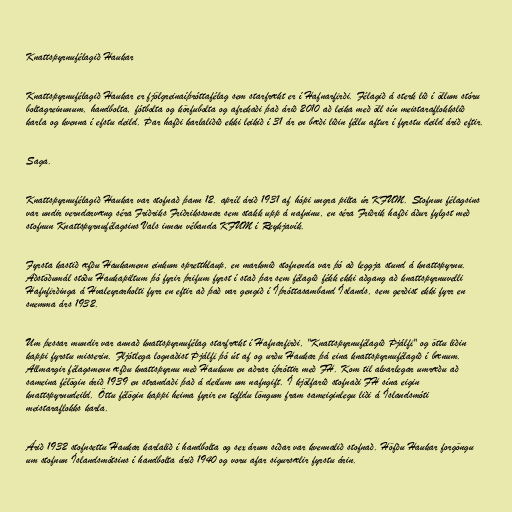
Knattspyrnufélagið Haukar

Knattspyrnufélagið Haukar er fjölgreinaíþróttafélag sem starfrækt er í Hafnarfirði. Félagið á sterk lið í öllum stóru
boltagreinunum, handbolta, fótbolta og körfubolta og afrekaði það árið 2010 að leika með öll sín meistaraflokkslið
karla og kvenna í efstu deild. Þar hafði karlaliðið ekki leikið í 31 ár en bæði liðin féllu aftur í fyrstu deild árið eftir.

Saga.

Knattspyrnufélagið Haukar var stofnað þann 12. apríl árið 1931 af hópi ungra pilta úr KFUM. Stofnun félagsins
var undir verndarvæng séra Friðriks Friðrikssonar sem stakk upp á nafninu, en séra Friðrik hafði áður fylgst með
stofnun Knattspyrnufélagsins Vals innan vébanda KFUM í Reykjavík.

Fyrsta kastið æfðu Haukamenn einkum spretthlaup, en markmið stofnenda var þó að leggja stund á knattspyrnu.
Aðstöðumál stóðu Haukapiltum þó fyrir þrifum fyrst í stað þar sem félagið fékk ekki aðgang að knattspyrnuvelli
Hafnfirðinga á Hvaleyrarholti fyrr en eftir að það var gengið í Íþróttasamband Íslands, sem gerðist ekki fyrr en
snemma árs 1932.

Um þessar mundir var annað knattspyrnufélag starfrækt í Hafnarfirði, "Knattspyrnufélagið Þjálfi" og öttu liðin
kappi fyrstu misserin. Fljótlega lognaðist Þjálfi þó út af og urðu Haukar þá eina knattspyrnufélagið í bænum.
Allmargir félagsmenn æfðu knattspyrnu með Haukum en aðrar íþróttir með FH. Kom til alvarlegar umræðu að
sameina félögin árið 1939 en strandaði það á deilum um nafngift. Í kjölfarið stofnaði FH sína eigin
knattspyrnudeild. Öttu félögin kappi heima fyrir en tefldu löngum fram sameiginlegu liði á Íslandsmóti
meistaraflokks karla.

Árið 1932 stofnsettu Haukar karlalið í handbolta og sex árum síðar var kvennalið stofnað. Höfðu Haukar forgöngu
um stofnun Íslandsmótsins í handbolta árið 1940 og voru afar sigursælir fyrstu árin.